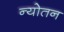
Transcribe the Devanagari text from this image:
न्योतन